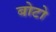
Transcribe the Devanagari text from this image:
बोटो